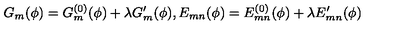
G _ { m } ( \phi ) = G _ { m } ^ { ( 0 ) } ( \phi ) + \lambda G _ { m } ^ { \prime } ( \phi ) , E _ { m n } ( \phi ) = E _ { m n } ^ { ( 0 ) } ( \phi ) + \lambda E _ { m n } ^ { \prime } ( \phi )